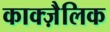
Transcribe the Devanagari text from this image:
काक्ज़ैलिक